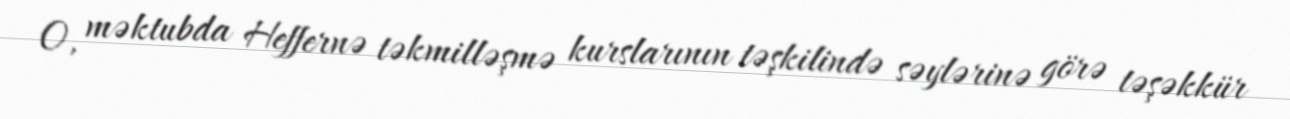
O, məktubda Heffernə təkmilləşmə kurslarının təşkilində səylərinə görə təşəkkür